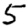
Digit: 5